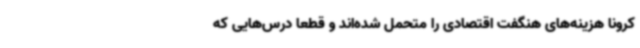
کرونا هزینه‌های هنگفت اقتصادی را متحمل شده‌اند و قطعاً درس‌هایی که